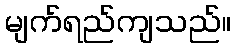
မျက်ရည်ကျသည်။